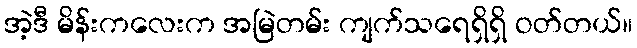
အဲ့ဒီ မိန်းကလေးက အမြဲတမ်း ကျက်သရေရှိရှိ ဝတ်တယ်။